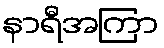
နာရီအကြာ